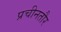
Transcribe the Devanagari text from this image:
प्रचीनतौर